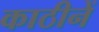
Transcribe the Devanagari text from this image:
काठीनें